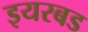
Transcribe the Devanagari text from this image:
इयरबड